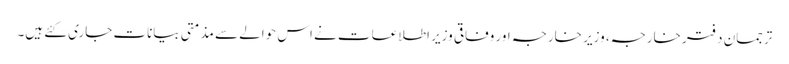
ترجمان دفتر خارجہ، وزیر خارجہ اور وفاقی وزیر اطلاعات نے اس حوالے سے مذمتی بیانات جاری کئے ہیں۔